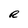
Character: e